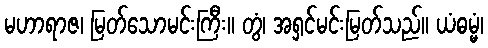
မဟာရာဇ၊ မြတ်သောမင်းကြီး။ တွံ၊ အရှင်မင်းမြတ်သည်။ ယံဓမ္မံ၊